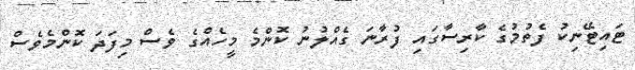
ޓައިޓޭނިކު ފެތުމުގެ ކާރިސާގައި ފުރާނަ ގެއްލުނު ކޮންމެ މީހެއްގެ ވެސް މިފަދަ ކޮންމެވެސް